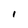
Character: i